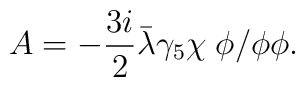
A= -\frac{3i}{2}{\bar \lambda}\gamma_5\chi \; \phi / \phi\phi.